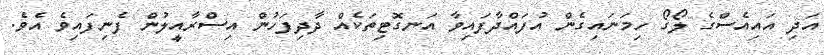
އަދި އައިއެސްގެ ލޯގޯ ހިމަނައިގެން އުފައްދާފައިވާ އަނގޮޓިތަކެއް ދާދިފަހުން އިސްރާއީލުން ފެނިފައިވެ އެވެ.